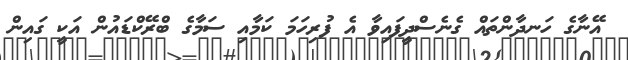
އޭނާގެ ހަނދާންތައް ގެނެސްދީފައިވާ އެ ފުރިހަމަ ކަމާއި ސަމާގެ ބްރޭކްޑައުން އަކީ ގައިން